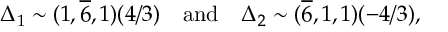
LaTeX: \Delta _ { 1 } \sim ( 1 , \overline { { { 6 } } } , 1 ) ( 4 / 3 ) \quad \mathrm { a n d } \quad \Delta _ { 2 } \sim ( \overline { { { 6 } } } , 1 , 1 ) ( - 4 / 3 ) ,